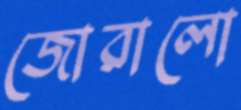
জোরালো